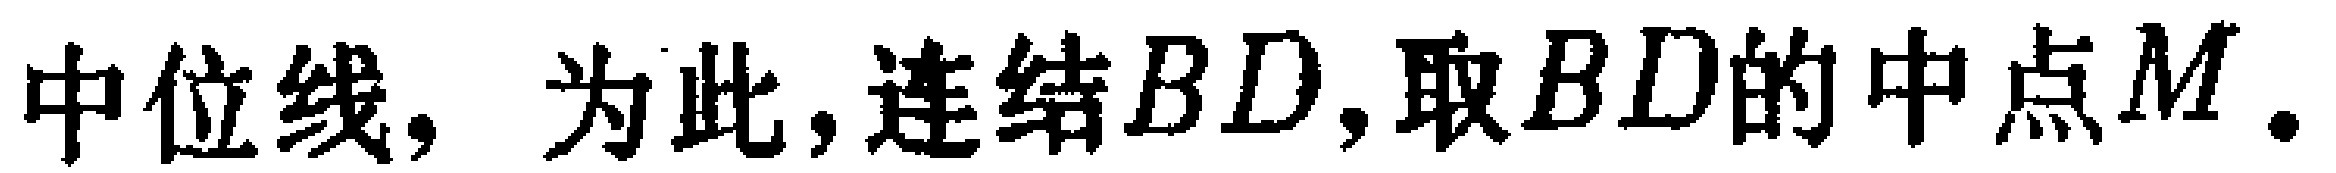
中位线, 为此, 连结$BD$, 取$BD$的中点$M$.